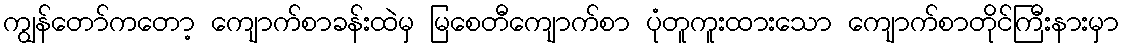
ကျွန်တော်ကတော့ ကျောက်စာခန်းထဲမှ မြစေတီကျောက်စာ ပုံတူကူးထားသော ကျောက်စာတိုင်ကြီးနားမှာ